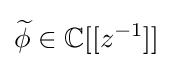
{\widetilde {\phi }}\in \mathbb {C} [[z^{-1}]]